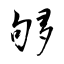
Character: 够